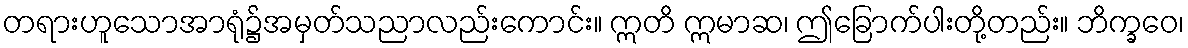
တရားဟူသောအာရုံ၌အမှတ်သညာလည်းကောင်း။ ဣတိ ဣမာဆ၊ ဤခြောက်ပါးတို့တည်း။ ဘိက္ခဝေ၊